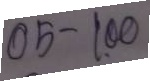
05 - 100